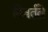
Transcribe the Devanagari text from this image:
निवर्तते